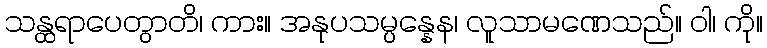
သန္ထရာပေတွာတိ၊ ကား။ အနုပသမ္ပန္နေန၊ လူသာမဏေသည်။ ဝါ၊ ကို။